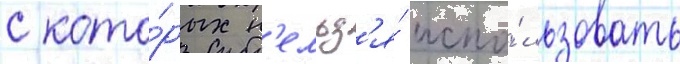
с кото́рых н'ельз'я́ испо́льзовать